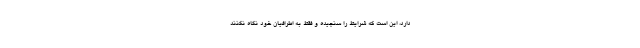
دارد، این است که شرایط را سنجیده و فقط به اطرافیان خود نگاه نکنند